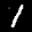
Label: 1